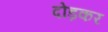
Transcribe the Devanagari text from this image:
दोड़कर